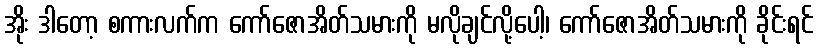
အိုး ဒါတော့ စကားလက်က ကော်ဇောအိတ်သမားကို မလိုချင်လို့ပေါ့၊ ကော်ဇောအိတ်သမားကို ခိုင်းရင်